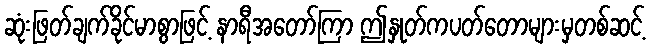
ဆုံးဖြတ်ချက်ခိုင်မာစွာဖြင့် နာရီအတော်ကြာ ဤနှုတ်ကပတ်တောများမှတစ်ဆင့်